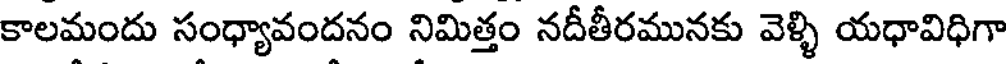
కాలమందు సంధ్యావందనం నిమిత్తం నదీతీరమునకు వెళ్ళి యధావిధిగా